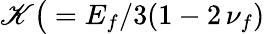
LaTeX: \mathscr{K}\big(={E_{f}}/{3(1-2\, \nu_{f})}